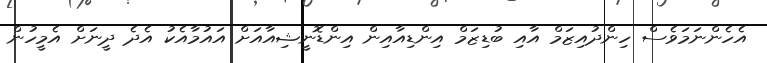
އެހެންނަމަވެސް ހިންދުއިޒަމް އާއި ބުޑިޒަމް އިންޑިއާއިން އިންޑޮނީޝިއާއަށް އައުމާއެކު އެދެ ދީނަށް އެމީހުން